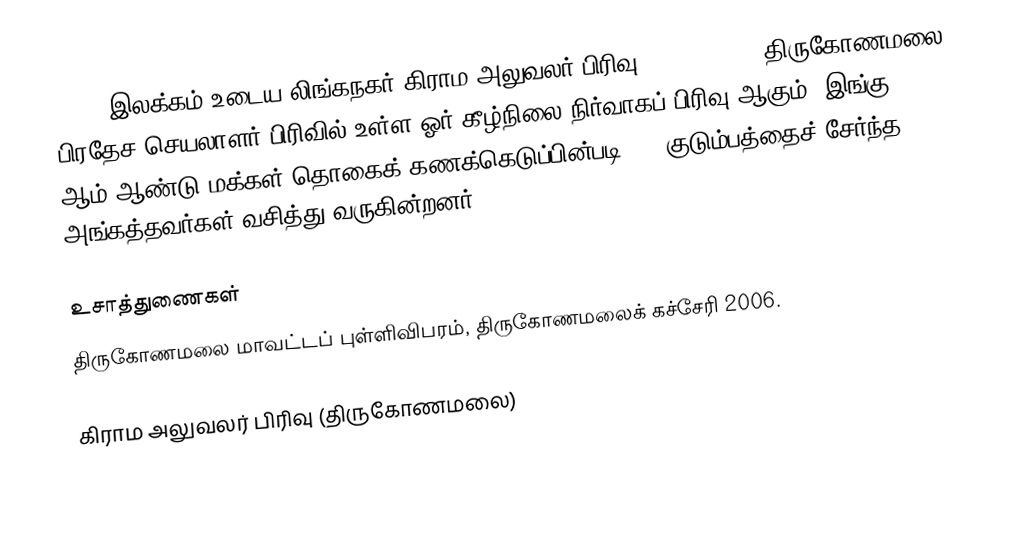
244 R இலக்கம்  உடைய லிங்கநகர் கிராம அலுவலர் பிரிவு  (Linganagar) திருகோணமலை பிரதேச செயலாளர் பிரிவில் உள்ள ஓர் கீழ்நிலை நிர்வாகப் பிரிவு ஆகும். இங்கு 2005 ஆம் ஆண்டு மக்கள் தொகைக் கணக்கெடுப்பின்படி 805 குடும்பத்தைச் சேர்ந்த 3282 அங்கத்தவர்கள் வசித்து வருகின்றனர்.

உசாத்துணைகள்
திருகோணமலை மாவட்டப் புள்ளிவிபரம், திருகோணமலைக் கச்சேரி 2006.

கிராம அலுவலர் பிரிவு (திருகோணமலை)